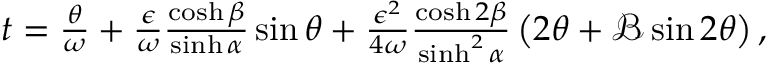
\begin{array} { r } { t = \frac { \theta } { \omega } + \frac { \epsilon } { \omega } \frac { \cosh \beta } { \sinh \alpha } \sin \theta + \frac { \epsilon ^ { 2 } } { 4 \omega } \frac { \cosh 2 \beta } { \sinh ^ { 2 } \alpha } \left( { 2 \theta } + { \mathcal { B } \sin 2 \theta } \right) , } \end{array}